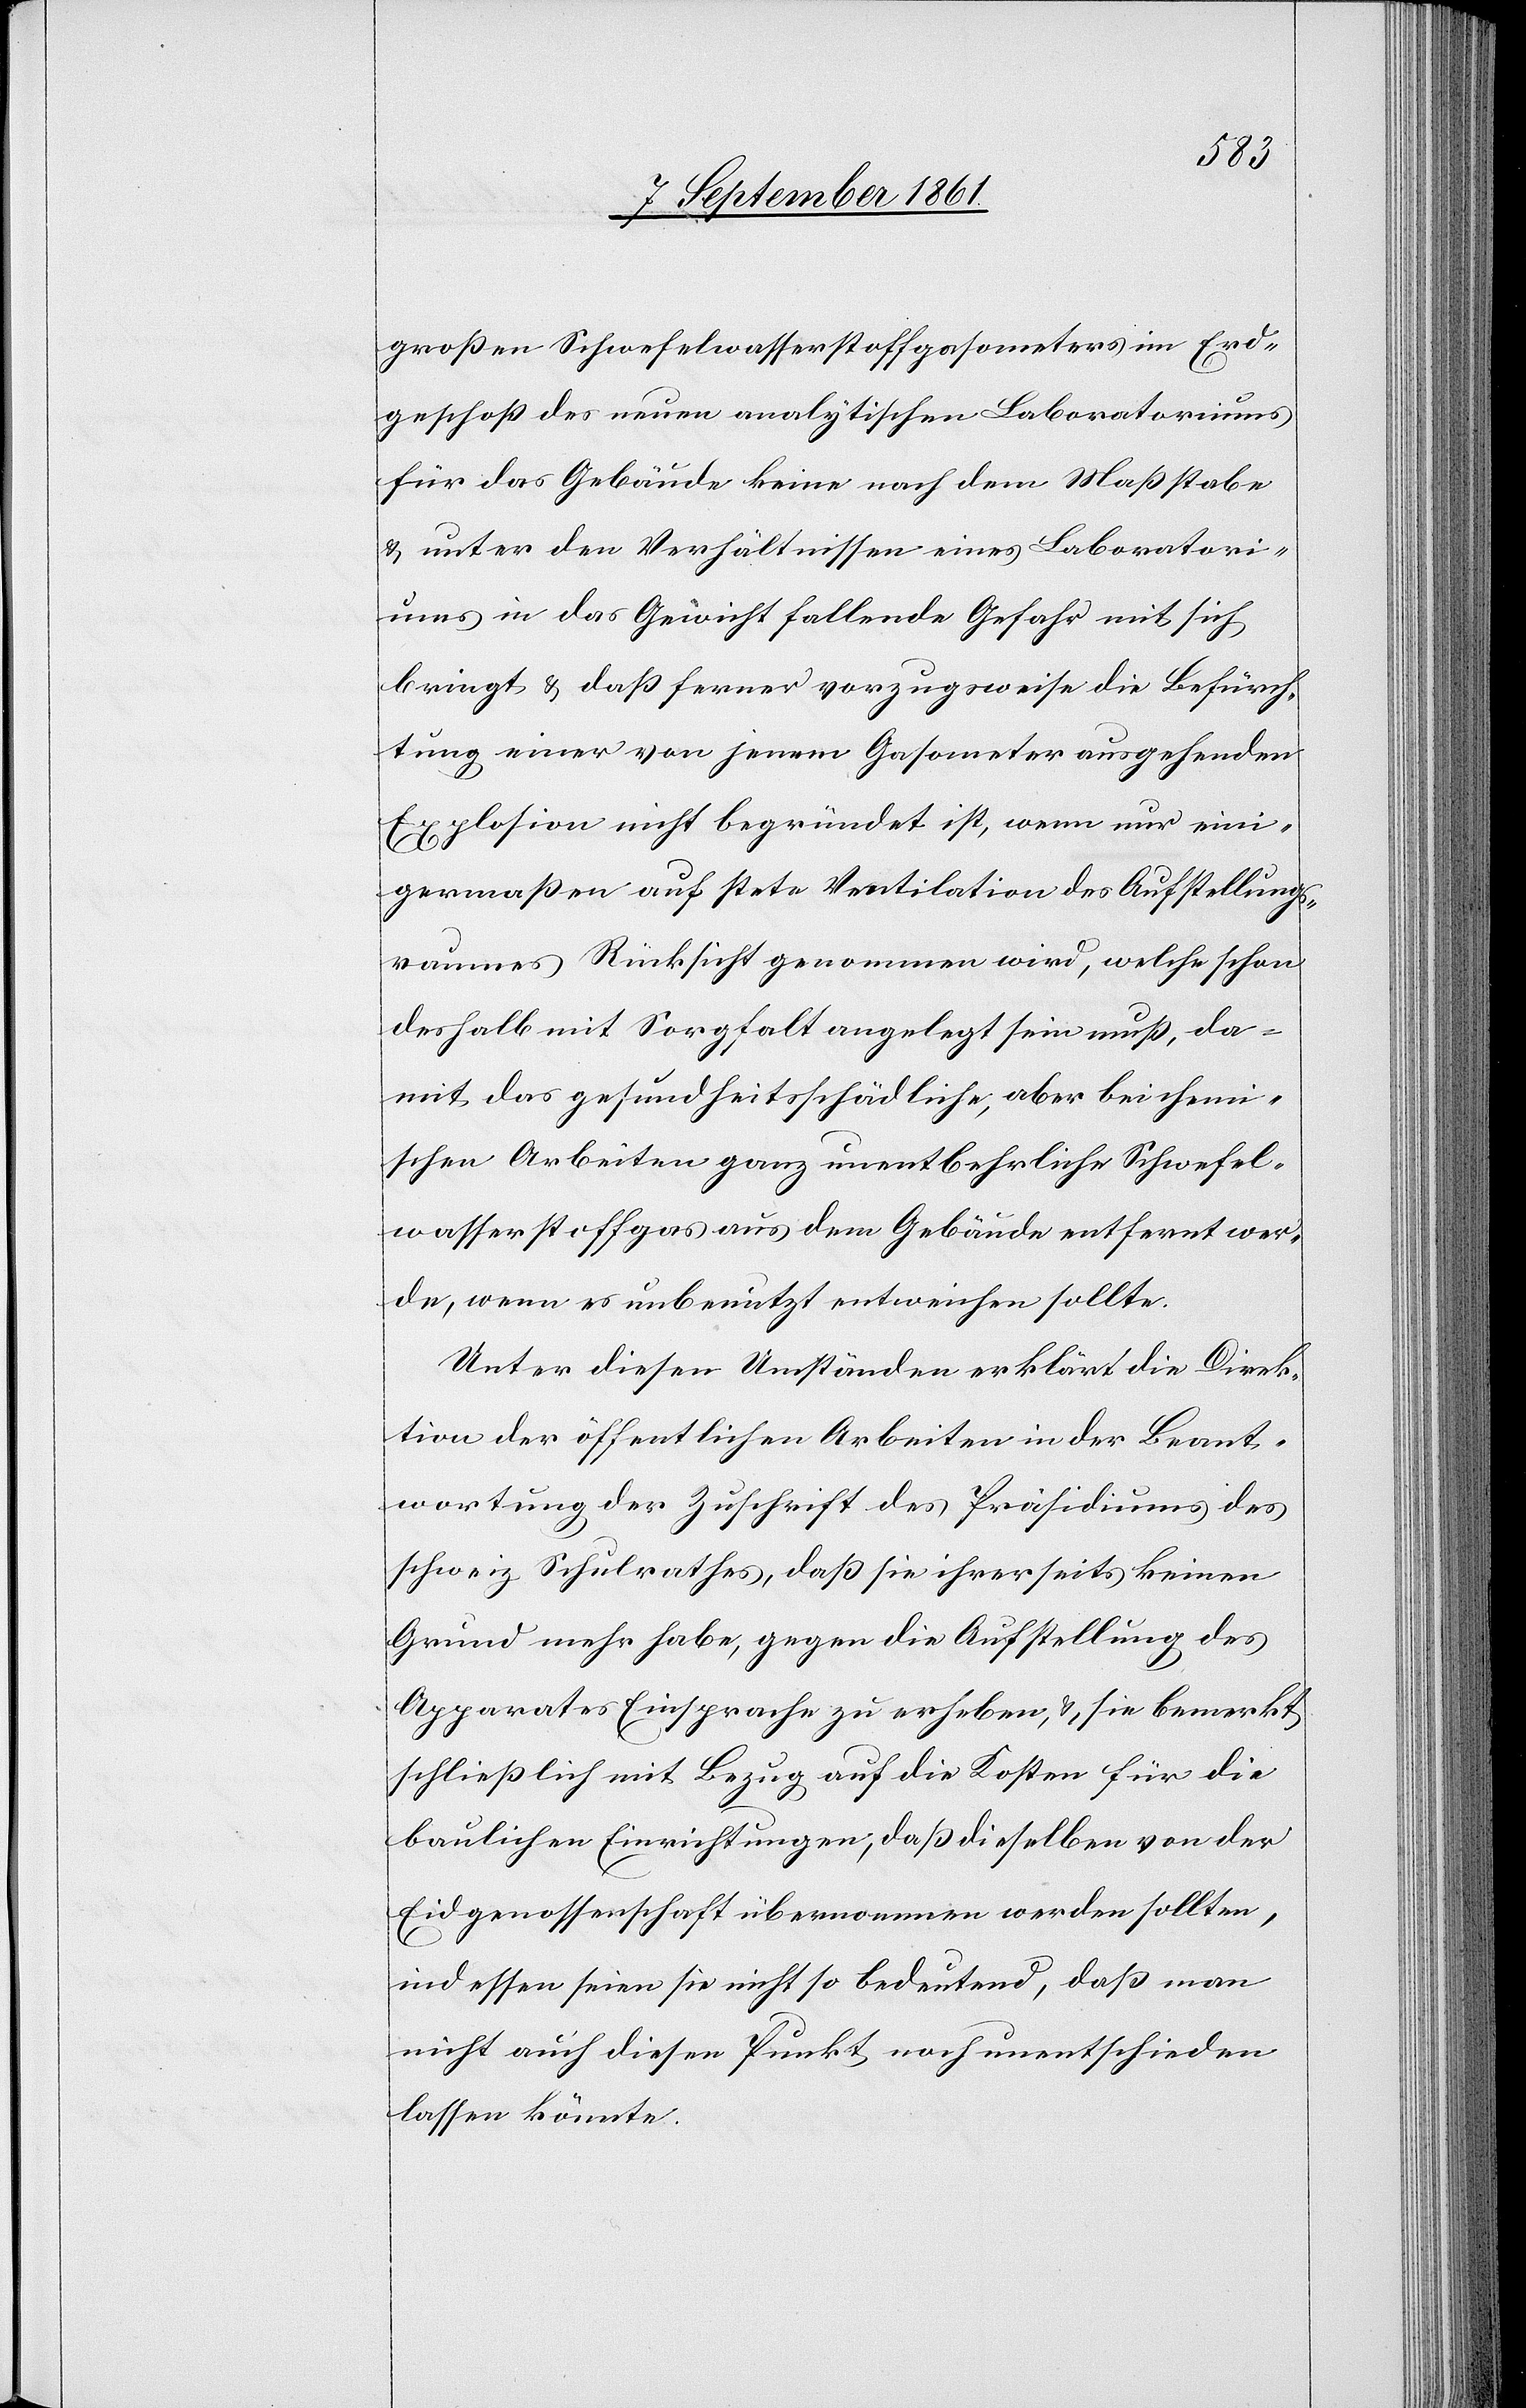
großen Schwefelwassergasometers im Erd¬
geschoß des neuen analytischen Laboratoriums
für das Gebäude keine nach dem Maßstabe
u. unter den Verhältnissen eines Laboratori¬
ums in das Gewicht fallende Gefahr mit sich
bringt u. daß ferner vorzugsweise die Befürch¬
tung einer von jenem Gasometer ausgehenden
Explosion nicht begründet ist, wenn nur eini¬
germaßen auf stete Ventilation des Aufstellungs¬
raumes Rücksicht genommen wird, welche schon
deshalb mit Sorgfalt angelegt sein muß, da¬
mit das gesundheitsschädliche, aber bei chemi¬
schen Arbeiten ganz unentbehrliche Schwefel¬
wasserstoffgas aus dem Gebäude entfernt wer¬
de, wenn es unbenutzt entweichen sollte.
Unter diesen Umständen erklärt die Direk¬
tion der öffentlichen Arbeiten in der Beant¬
wortung der Zuschrift des Präsidiums des
schweiz. Schulrathes, daß sie ihrerseits keinen
Grund mehr habe, gegen die Aufstellung des
Apparates Einsprache zu erheben, u. sie bemerkt
schließlich mit Bezug auf die Kosten für die
baulichen Einrichtungen, daß dieselben von der
Eidgenossenschaft übernommen werden sollten,
indessen seien sie nicht so bedeutend, daß man
nicht auch diesen Punkt noch unentschieden
lassen könnte.